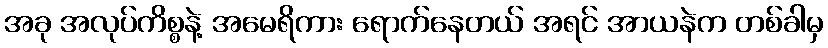
အခု အလုပ်ကိစ္စနဲ့ အမေရိကား ရောက်နေတယ် အရင် အာယနဲက တစ်ခါမှ